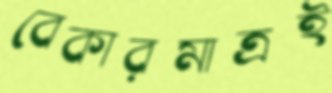
বেকারমাত্রই